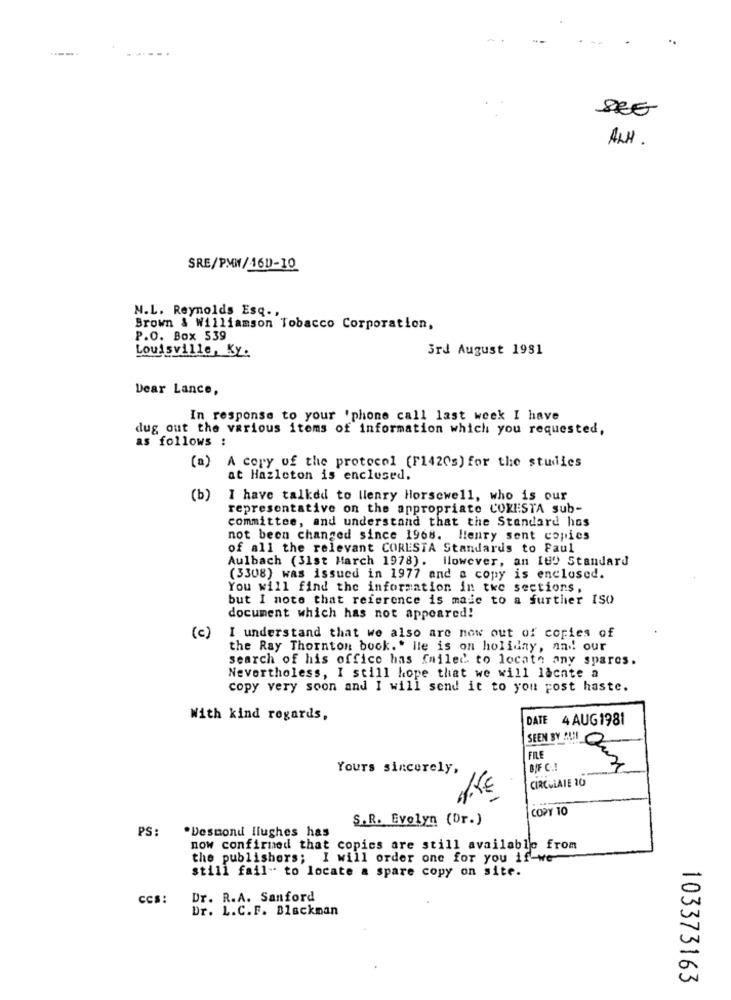
SEG
ALH.
SRE/PMW/46D-10
N.L. Reynolds Esq .,
Brown & Williamson Tobacco Corporation,
P.O. Box 539
3rd August 1981
Louisville, Ky:
Dear Lance,
In response to your 'phone call last week I have
dug out the various items of information which you requested,
as follows :
(a) A copy of the protocol (F1420s) for the studies
at Hazleton is enclosed.
(b)
I have talked to llenry Horsewell, who is our
representative on the appropriate COXESTA sub-
committee, and understand that the Standard hos
not been changed since 1968. Henry sent copies
of all the relevant CORESTA Standards to Paul
Aulbach (31st March 1978). However, an Ity Standard
(3308) was issued in 1977 and a copy is enclosed.
You will find the information in the sections,
but I note that reference is made to a further ISO
document which has not appeared!
( c )
I understand that we also are now out of copies of
the Ray Thornton bock. . ile is on holiday, and! our
search of his office has failed to locate any spares.
Nevertheless, I still hope that we will lacnte a
copy very soon and I will send it to you post haste.
With kind regards,
DATE 4 AUG 1981
SEEN BY BUIL Q
FILE
Yours sincerely,
BIF C .!
CIRCULATE 10
COPY TO
S.R. Evelyn (Dr.)
.Desmond flughes has
PS:
now confirmed that copics are still available from
the publishers; I will order one for you if-we
still fail- to locate a spare copy on site.
Dr. R.A. Sanford
Dr. L.C.F. Blackman
103373163